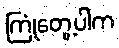
ကြုံတွေ့ပါက